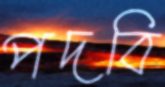
পদবি